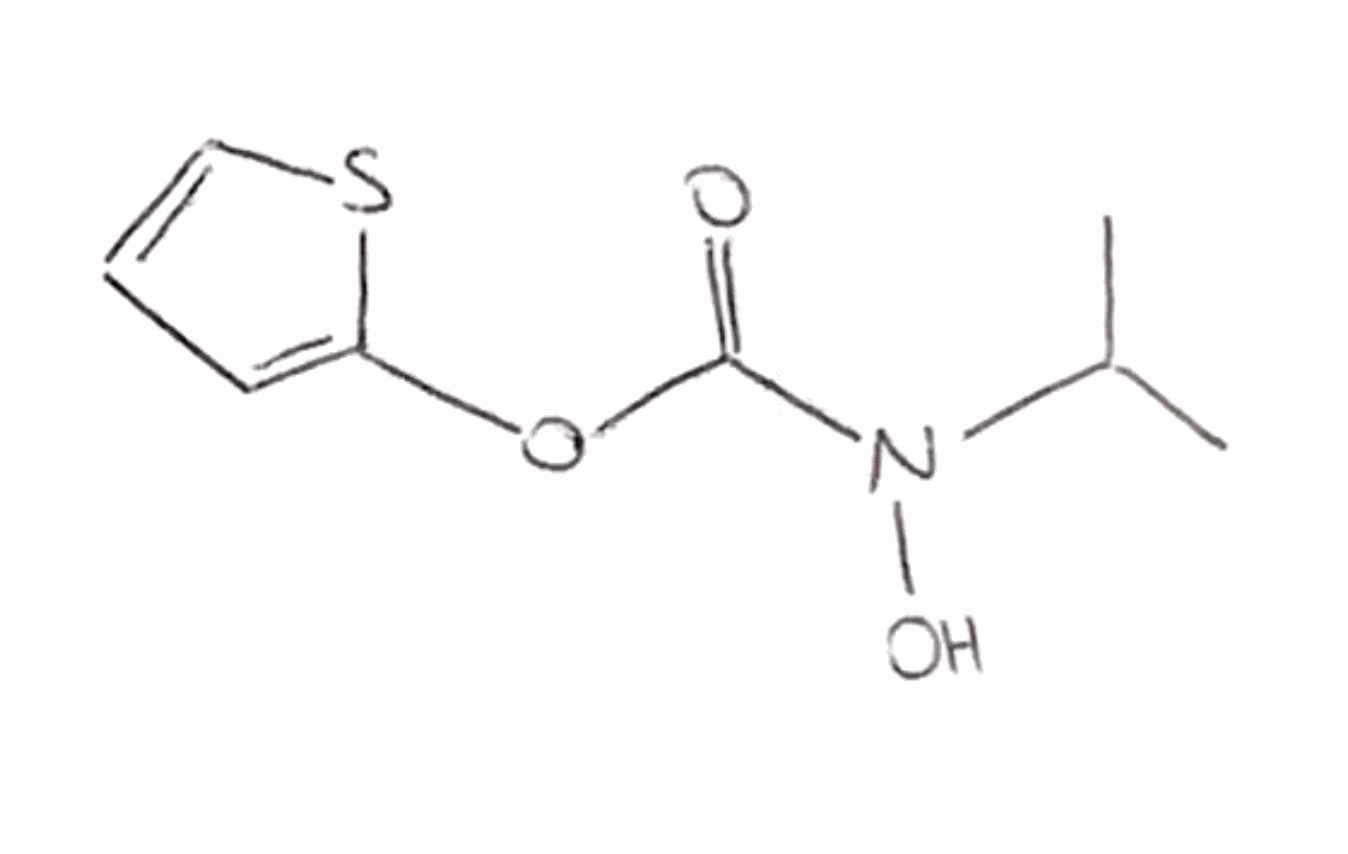
Simplified molecular-input line-entry system (SMILES) notation of the given molecule:
CC(C)N(C(=O)OC1=CC=CS1)O